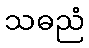
သဓညံ